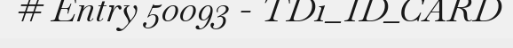
# Entry 50093 - TD1_ID_CARD